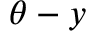
\theta - y